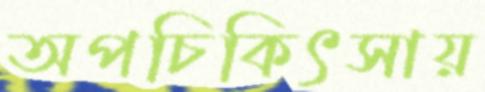
অপচিকিৎসায়